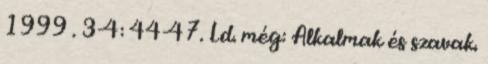
1999 . 3-4: 44-47. Ld. még: Alkalmak és szavak.